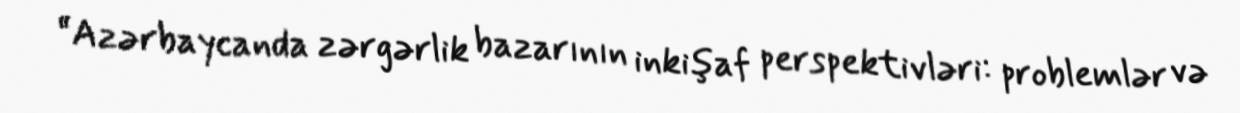
“Azərbaycanda zərgərlik bazarının inkişaf perspektivləri: problemlər və